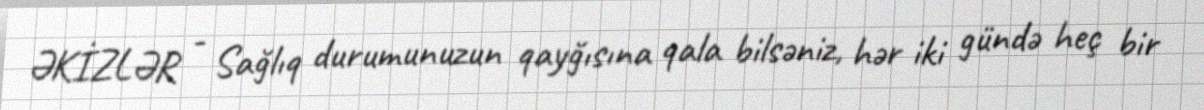
ƏKİZLƏR - Sağlıq durumunuzun qayğısına qala bilsəniz, hər iki gündə heç bir